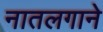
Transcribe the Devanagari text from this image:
नातलगाने